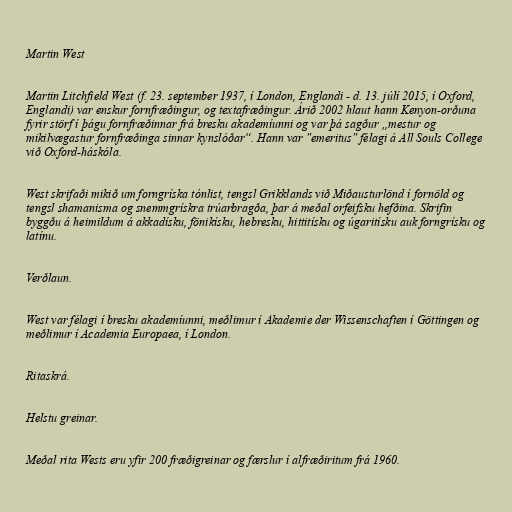
Martin West

Martin Litchfield West (f. 23. september 1937, í London, Englandi - d. 13. júlí 2015, í Oxford,
Englandi) var enskur fornfræðingur, og textafræðingur. Árið 2002 hlaut hann Kenyon-orðuna
fyrir störf í þágu fornfræðinnar frá bresku akademíunni og var þá sagður „mestur og
mikilvægastur fornfræðinga sinnar kynslóðar“. Hann var "emeritus" félagi á All Souls College
við Oxford-háskóla.

West skrifaði mikið um forngríska tónlist, tengsl Grikklands við Miðausturlönd í fornöld og
tengsl shamanisma og snemmgrískra trúarbragða, þar á meðal orfeifsku hefðina. Skrifin
byggðu á heimildum á akkadísku, fönikísku, hebresku, hittitísku og úgaritísku auk forngrísku og
latínu.

Verðlaun.

West var félagi í bresku akademíunni, meðlimur í Akademie der Wissenschaften í Göttingen og
meðlimur í Academia Europaea, í London.

Ritaskrá.

Helstu greinar.

Meðal rita Wests eru yfir 200 fræðigreinar og færslur í alfræðiritum frá 1960.